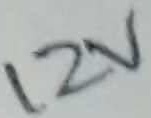
Text: 12V